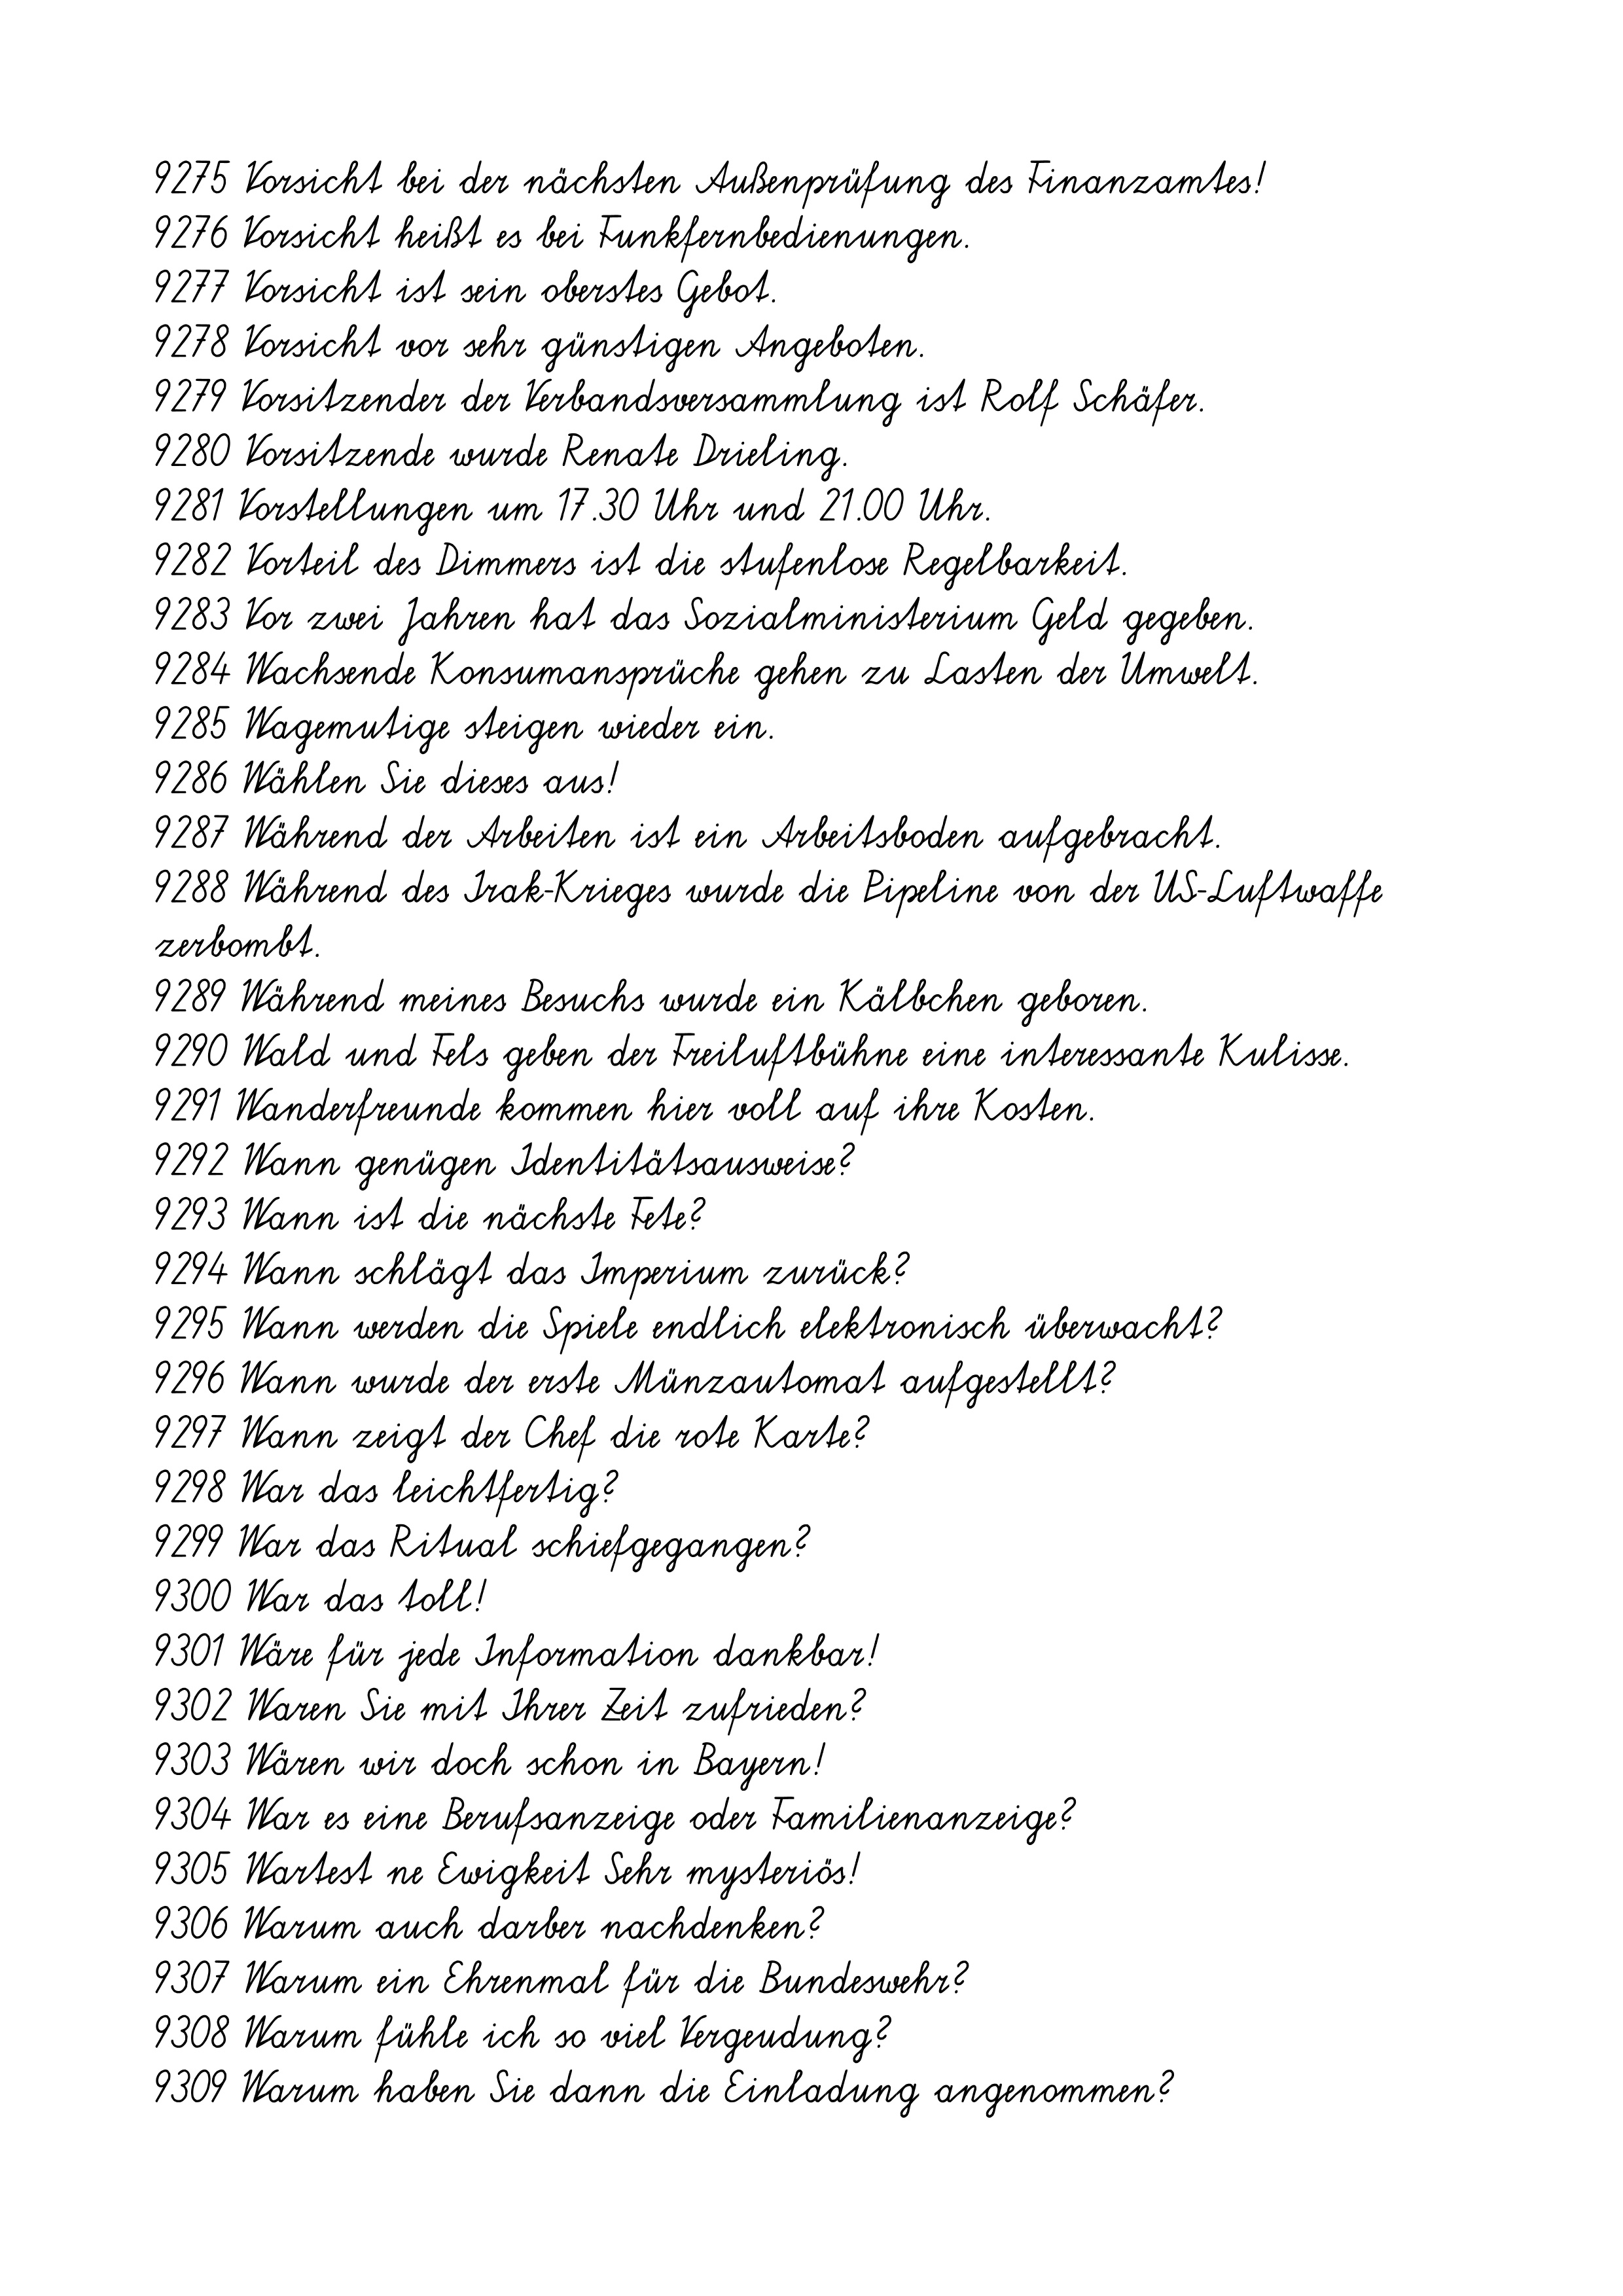
9275 Vorsicht bei der nächsten Außenprüfung des Finanzamtes!
9276 Vorsicht heißt es bei Funkfernbedienungen.
9277 Vorsicht ist sein oberstes Gebot.
9278 Vorsicht vor sehr günstigen Angeboten.
9279 Vorsitzender der Verbandsversammlung ist Rolf Schäfer.
9280 Vorsitzende wurde Renate Drieling.
9281 Vorstellungen um 17.30 Uhr und 21.00 Uhr.
9282 Vorteil des Dimmers ist die stufenlose Regelbarkeit.
9283 Vor zwei Jahren hat das Sozialministerium Geld gegeben.
9284 Wachsende Konsumansprüche gehen zu Lasten der Umwelt.
9285 Wagemutige steigen wieder ein.
9286 Wählen Sie dieses aus!
9287 Während der Arbeiten ist ein Arbeitsboden aufgebracht.
9288 Während des Irak-Krieges wurde die Pipeline von der US-Luftwaffe
zerbombt.
9289 Während meines Besuchs wurde ein Kälbchen geboren.
9290 Wald und Fels geben der Freiluftbühne eine interessante Kulisse.
9291 Wanderfreunde kommen hier voll auf ihre Kosten.
9292 Wann genügen Identitätsausweise?
9293 Wann ist die nächste Fete?
9294 Wann schlägt das Imperium zurück?
9295 Wann werden die Spiele endlich elektronisch überwacht?
9296 Wann wurde der erste Münzautomat aufgestellt?
9297 Wann zeigt der Chef die rote Karte?
9298 War das leichtfertig?
9299 War das Ritual schiefgegangen?
9300 War das toll!
9301 Wäre für jede Information dankbar!
9302 Waren Sie mit Ihrer Zeit zufrieden?
9303 Wären wir doch schon in Bayern!
9304 War es eine Berufsanzeige oder Familienanzeige?
9305 Wartest ne Ewigkeit Sehr mysteriös!
9306 Warum auch darber nachdenken?
9307 Warum ein Ehrenmal für die Bundeswehr?
9308 Warum fühle ich so viel Vergeudung?
9309 Warum haben Sie dann die Einladung angenommen?